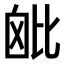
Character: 𣬈